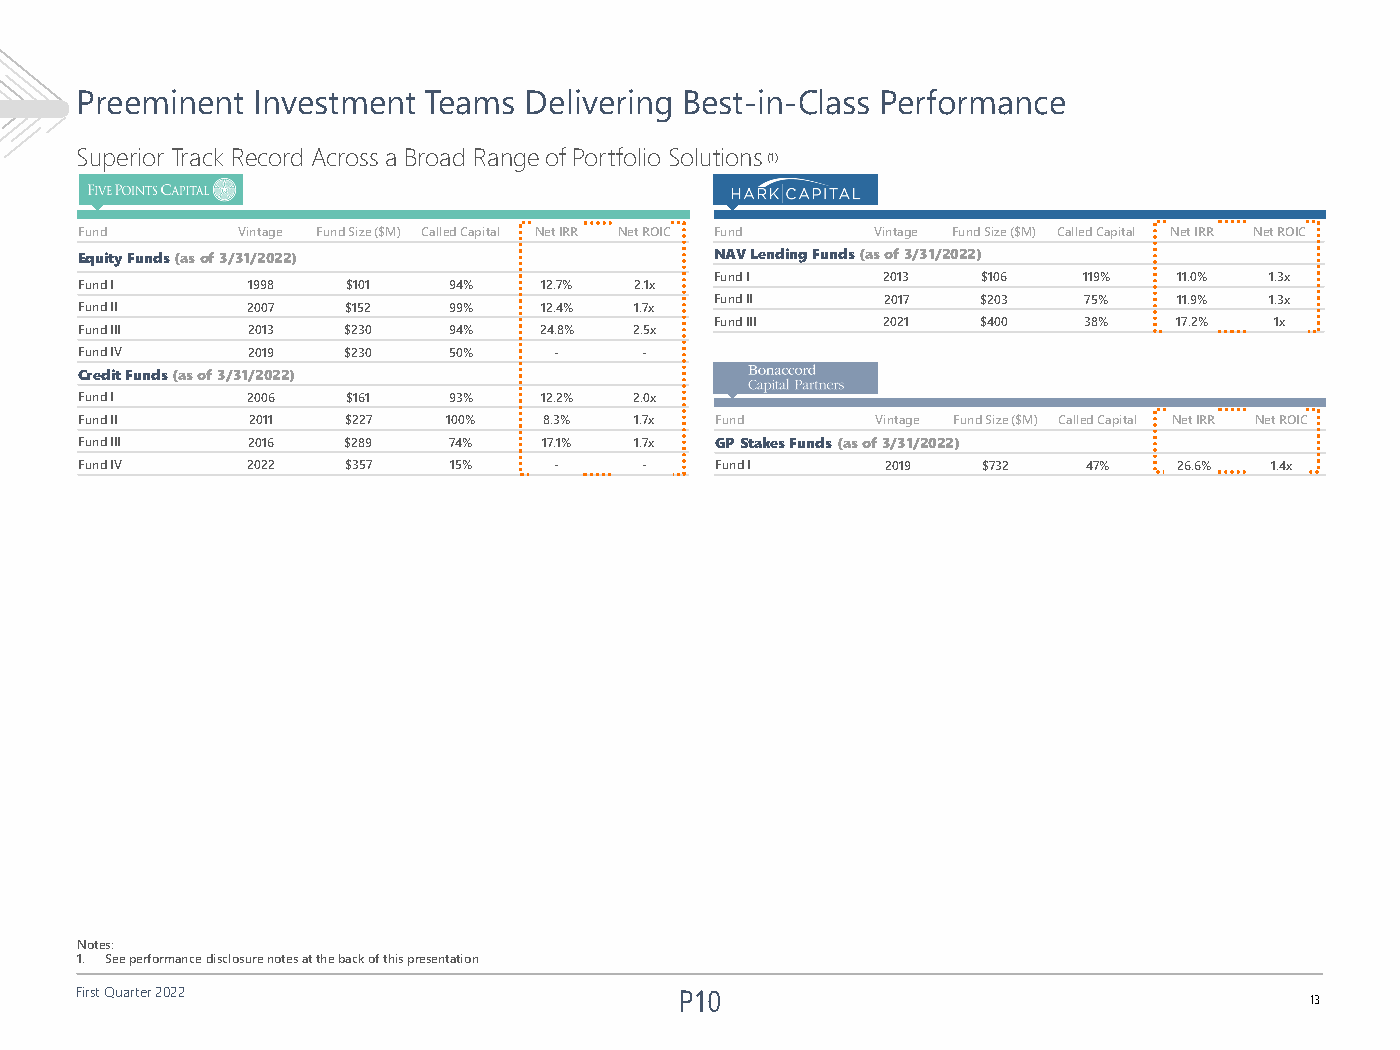
Preeminent  Investment Teams  Delivering Best-in-Class Performance
 Superior Track Record Across a Broad Range of Portfolio Solutions(1)
 Fund       Vintage Fund Size ($M) Called Capital Net IRR Net ROIC Fund Vintage Fund Size ($M) Called Capital Net IRR Net ROIC
 Equity Funds (as of 3/31/2022)            NAV Lending Funds (as of 3/31/2022)
 Fund I     2013   $106   119%  11.0% 1.3x
 Fund I     1998   $101   94%   12.7% 2.1x
 Fund II     2017  $203   75%   11.9% 1.3x
 Fund II    2007   $152   99%   12.4% 1.7x
 Fund III   2021   $400   38%   17.2% 1x
 Fund III   2013   $230   94%   24.8% 2.5x
 Fund IV    2019   $230   50%    -    -
 Credit Funds (as of 3/31/2022)
 Fund I     2006   $161   93%   12.2% 2.0x
 Fund II    2011   $227   100%  8.3%  1.7x Fund       Vintage Fund Size ($M) Called Capital Net IRR Net ROIC
 Fund III   2016   $289   74%   17.1% 1.7x GP Stakes Funds (as of 3/31/2022)
 Fund IV    2022   $357   15%    -    -    Fund I      2019  $732   47%   26.6% 1.4x
 Notes:
 1. See performance disclosure notes at the back of this presentation
 First Quarter 2022
 13